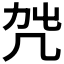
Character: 𠘿